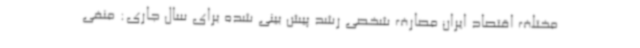
مختلف اقتصاد ایران مصارف شخصی رشد پیش بینی شده برای سال جاری: منفی